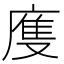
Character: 𢊄